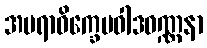
အမရာဝိက္ခေပဝါဒဝဏ္ဏနာ